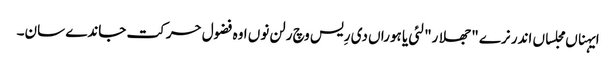
ایہناں مجلساں اندر نرے "جھلار" لئی یا ہوراں دی رِیس وچ رلن نوں اوہ فضول حرکت جاندے سان۔